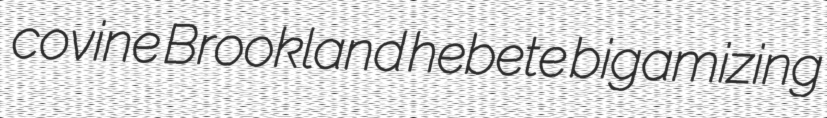
covine Brookland hebete bigamizing